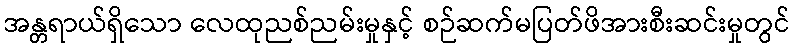
အန္တရာယ်ရှိသော လေထုညစ်ညမ်းမှုနှင့် စဉ်ဆက်မပြတ်ဖိအားစီးဆင်းမှုတွင်